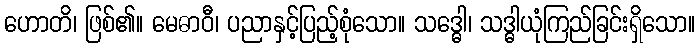
ဟောတိ၊ ဖြစ်၏။ မေဓာဝီ၊ ပညာနှင့်ပြည့်စုံသော။ သဒ္ဓေါ၊ သဒ္ဓါယုံကြည်ခြင်းရှိသော။